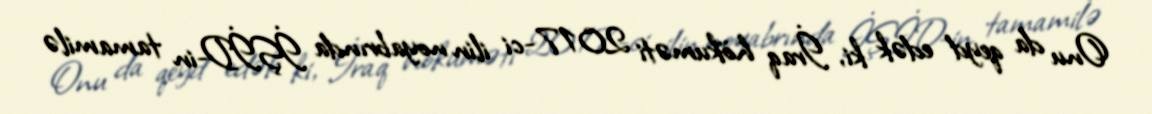
Onu da qeyd edək ki, İraq hökuməti 2017-ci ilin noyabrında İŞİD-in tamamilə